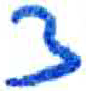
אות: צ